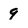
Character: 9